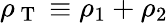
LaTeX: \rho_{\mathrm{~T~}}\equiv\rho_{1}+\rho_{2}